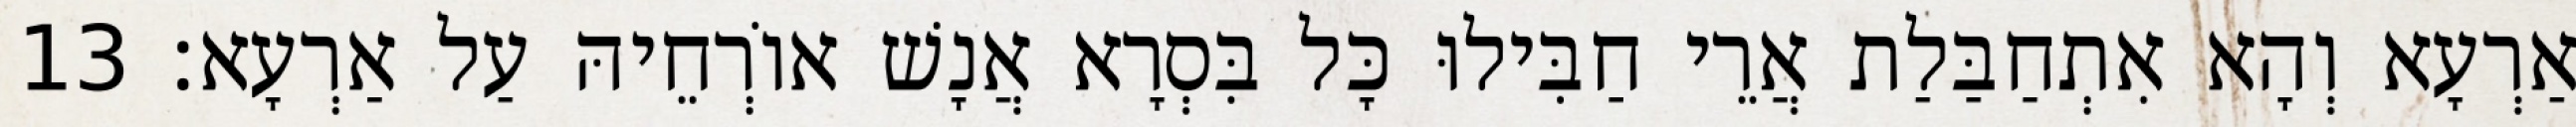
אַרְעָא וְהָא אִתְחַבַּלַת אֲרֵי חַבִּילוּ כָּל בִּסְרָא אֲנָשׁ אוֹרְחֵיהּ עַל אַרְעָא׃ 13